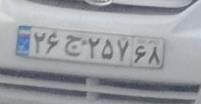
۲۶ج۲۵۷۶۸